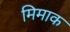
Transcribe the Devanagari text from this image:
मिमाक